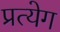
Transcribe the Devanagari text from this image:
प्रत्येग